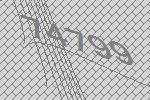
74799